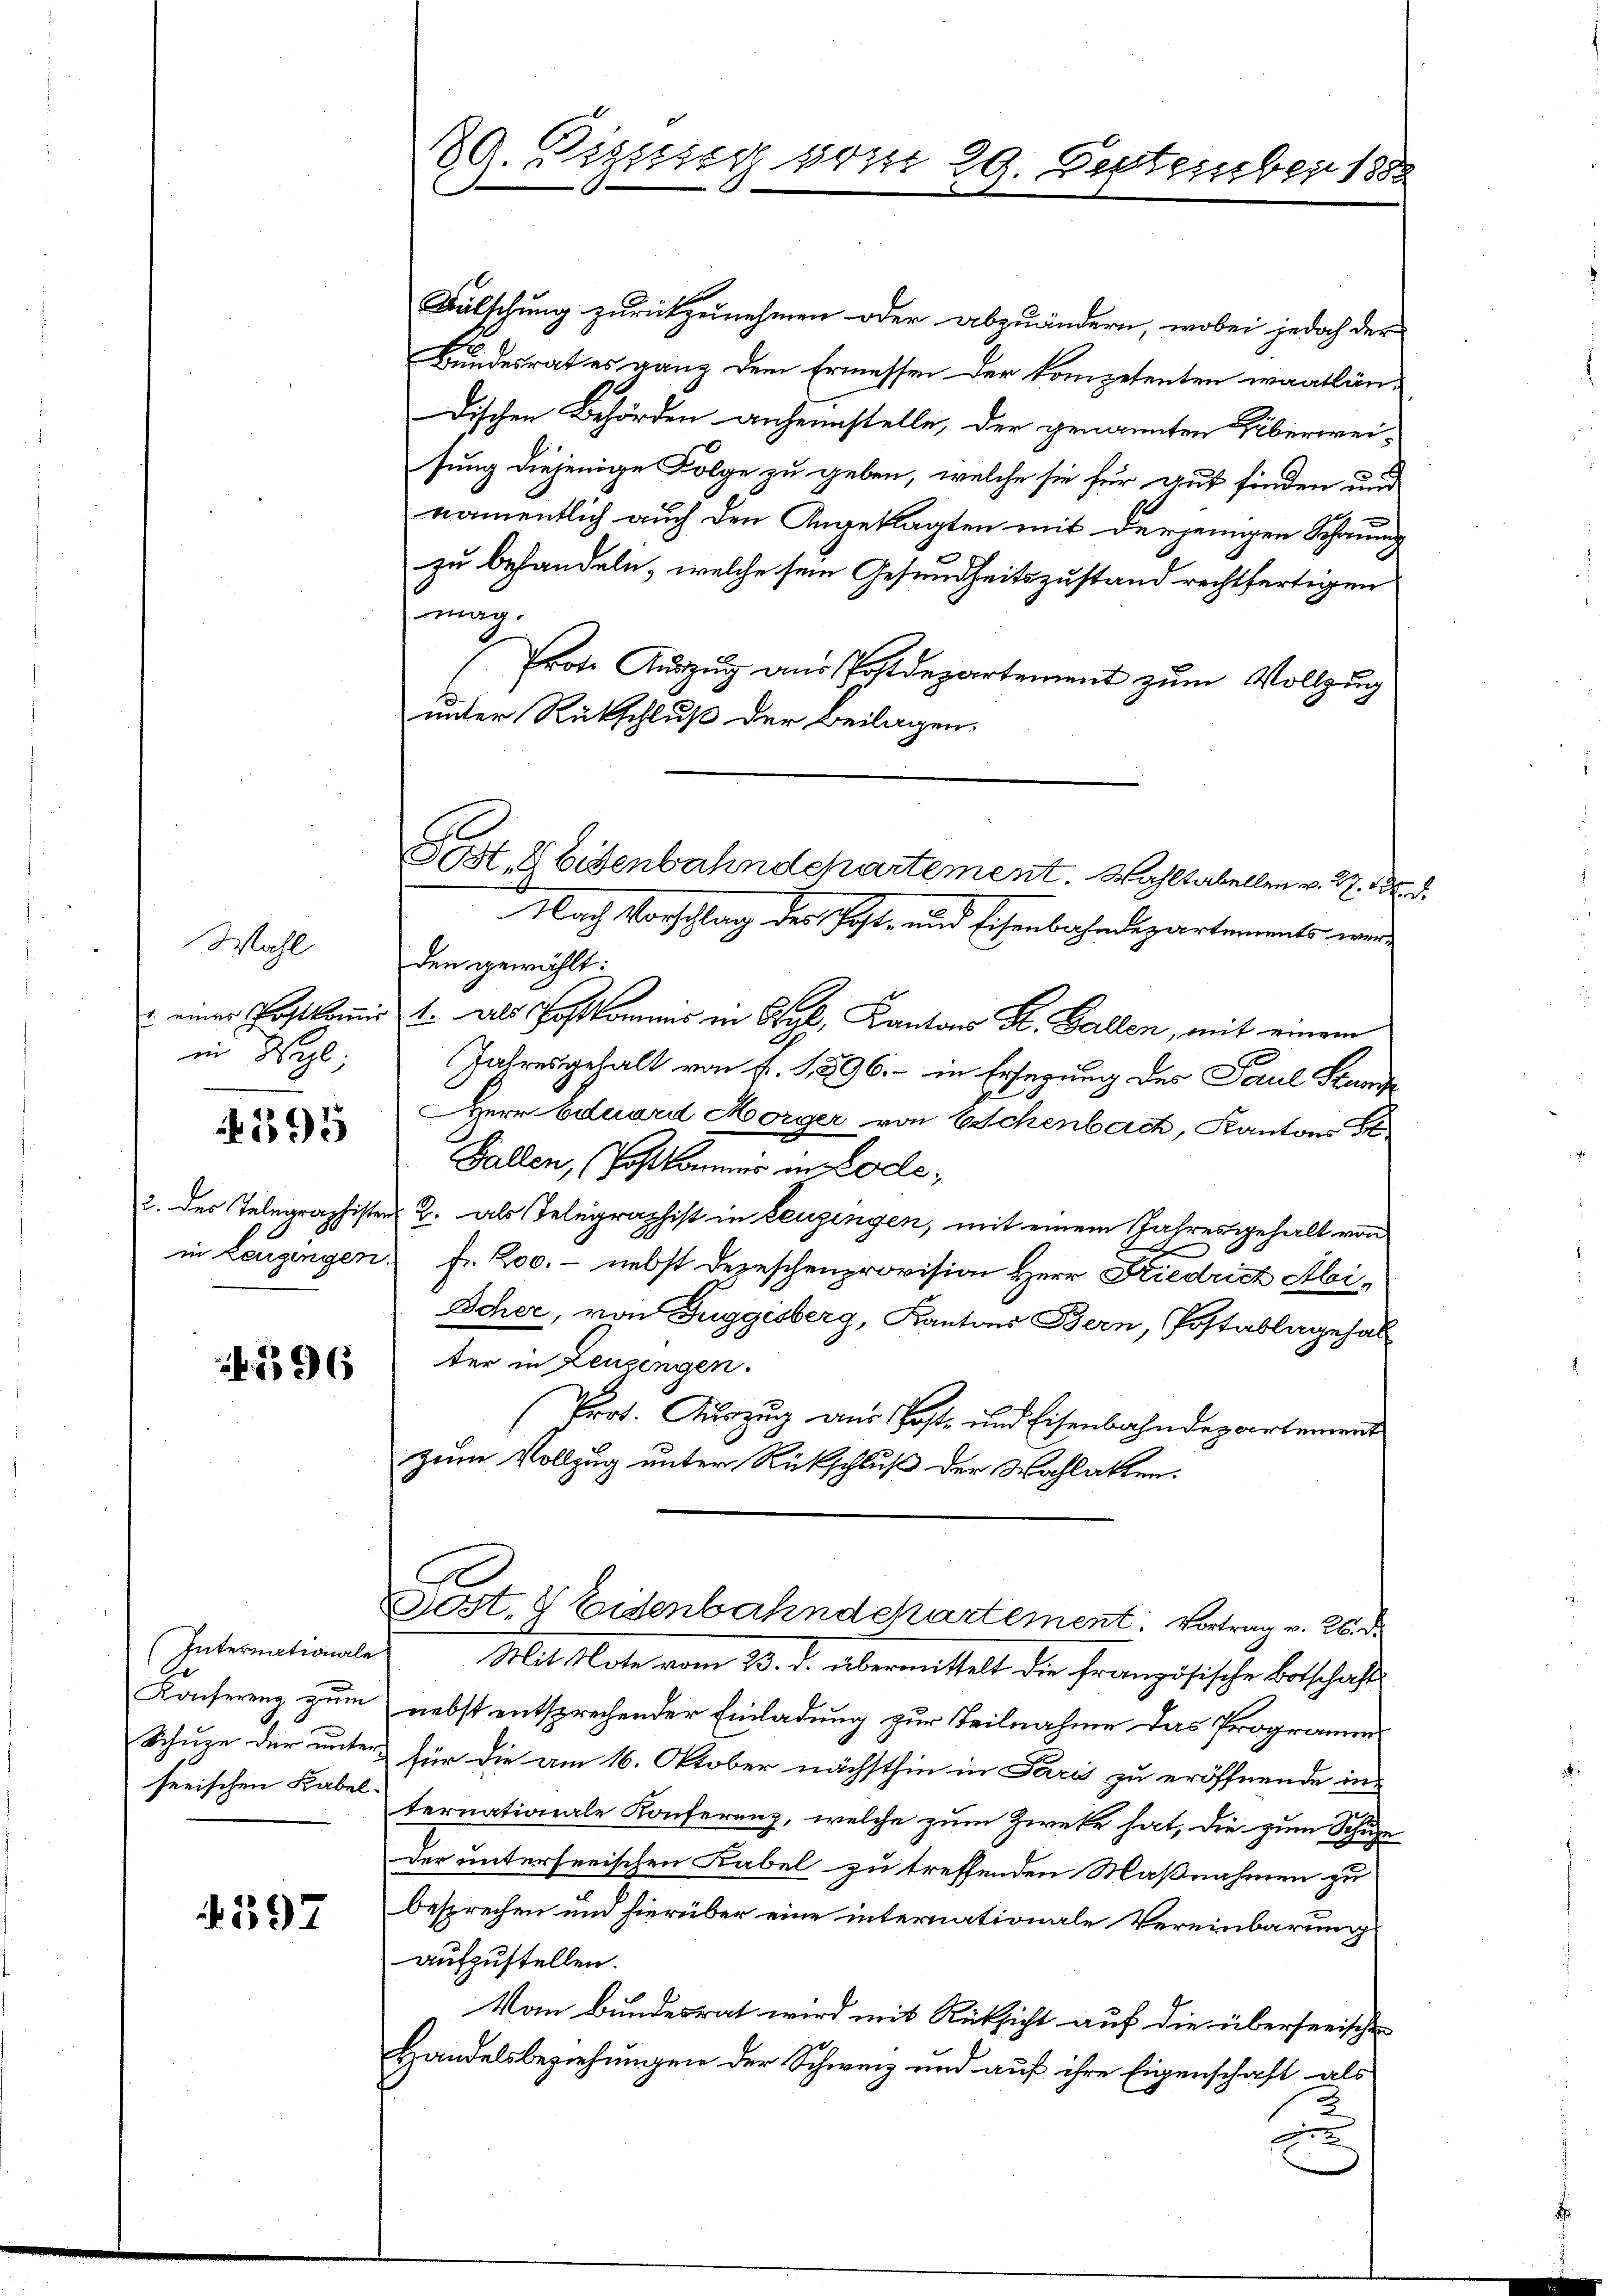
Wahl
in Wyl,

1595

12596

(Internationale

597

Wälschung zurückzunehmen oder abzuändern, wobei jedoch der
Bundesrat es ganz dem Ermessen der kompetenten waatlän-
dischen Behörden anheimstelle, der genannten Hüberwei-
sung diejenige Folge zu geben, welche sie für gut finden und
namentlich auch den Angeklagten mit derjenigen Schauung
zu behandeln, welche sein Gesundheitszustand rechtfertigen
mag.
frote Aŭszŭg ans Postdepartement zŭm Vollzŭg
unter Rückschluß der Beilagen
Nach Vorschlag des Post- und Eisenbahndepartements werden gewählt:
u einer Postkomit 1. als Postkommis in Wyl, Kantons St. Gallen, mit einem
Jahresgehalt von f. 1,896. in Ersezung des Paul Stund
Herr Eduard Morger von Eschenbach, Kantons St
Gallen, (Post kommer in Lode¬
2. des Telegraphister B. als Telegraphist in Leugingen, mit einem Jahresgehalt von
d
in Leugingen fr. 200. - nebst Depeschenprovision Herr Friedrich Abi¬
Scher, von Tuggisberg, Kantons Bern, Postablagehalter in Zeugengen.
Prot. Auszug aus Post- und Eisenbahndepartement
zum Vollzug unter Rückschluß der Wahlakten.
est. Eisenbahndchartement: Vortrag v. 26. d.
Mitstate vom 20. J. übermittelt, die Französische Betschaft
Konferenz zum nebst entsprechender Einladung zur Teilnahme das Programm
Schure der unter für die am 16. Oktober nächsthin in Paris zu eröffnende in-
serischen Kabel fernationale Konferenz, welche zum Zwecke hat, die zum Schuhe
der unterserischen Kabel zu treffenden Maßnahmen zu
besprechen und hierüber eine internationale Vereinbarung
aufzustellen.
Vom Bundesrat wird mit Rücksicht auf die überseeischen
Handelsbeziehungen der Schweiz und auf ihre Eigenschaft als
x

89. Diszig vom 29. September 1888

Gost, 2 Eisenbahndchartement. Wohltabellen v. 27. 18.